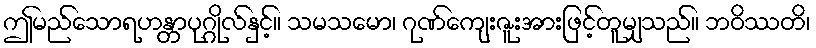
ဤမည်သောရဟန္တာပုဂ္ဂိုလ်နှင့်။ သမသမော၊ ဂုဏ်ကျေးဇူးအားဖြင့်တူမျှသည်။ ဘဝိဿတိ၊